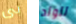
بى للولد